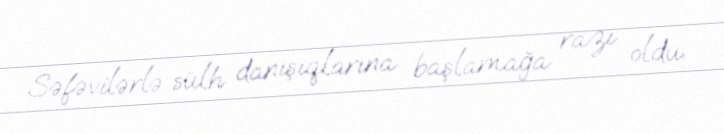
Səfəvilərlə sülh danışıqlarına başlamağa razı oldu.